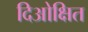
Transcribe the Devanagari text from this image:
दिओक्षित